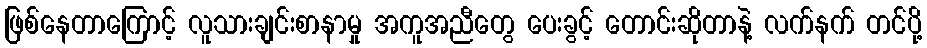
ဖြစ်နေတာကြောင့် လူသားချင်းစာနာမှု အကူအညီတွေ ပေးခွင့် တောင်းဆိုတာနဲ့ လက်နက် တင်ပို့